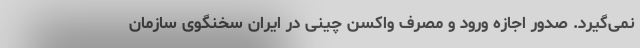
نمی‌گیرد. صدور اجازه ورود و مصرف واکسن چینی در ایران سخنگوی سازمان